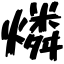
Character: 燐